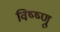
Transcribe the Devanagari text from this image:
विष्ष्णू